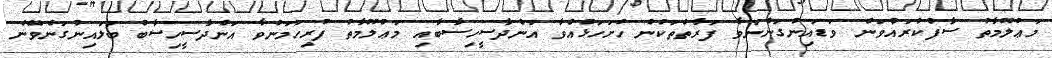
މަޢުލޫމާތު ސާފުކުރައްވަން ވަޑައިނުގަންނަވާ ފަރާތްތަކުން ހުށަހަޅުއްވާ އަންދާސީހިސާބާއި މަޢުލޫމާތު ފުރިހަމަނުވާ އަންދާސީހިސާބު ބަލައިނުގަނެވޭނެ